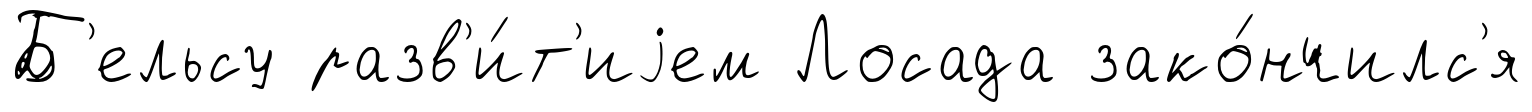
Б'ельсу разв'и́т'иjем Лосада зако́нчилс'я